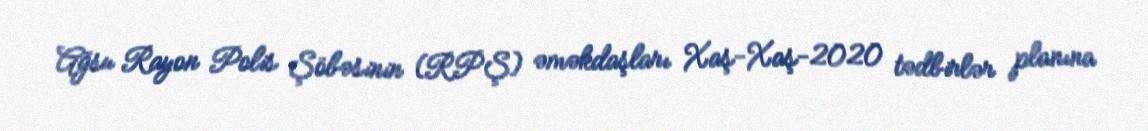
Ağsu Rayon Polis Şöbəsinin (RPŞ) əməkdaşları Xaş-Xaş-2020 tədbirlər planına